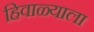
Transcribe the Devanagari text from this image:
हिवाळ्याला